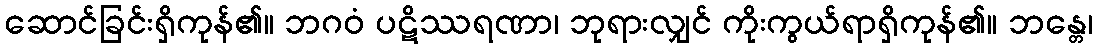
ဆောင်ခြင်းရှိကုန်၏။ ဘဂဝံ ပဋိဿရဏာ၊ ဘုရားလျှင် ကိုးကွယ်ရာရှိကုန်၏။ ဘန္တေ၊